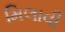
મિલાવી